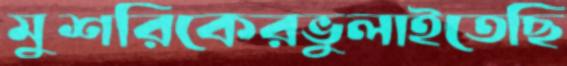
মুশরিকেরভুলাইতেছি